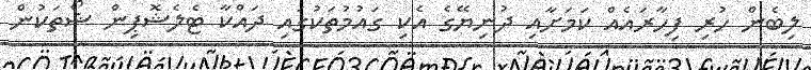
ލިބެން ހުރި ފިހާރައެއް ކަމަށާއި ދުނިޔޭގެ އެކި ގައުމުތަކުގައި ދައްކާ ޓެލެޝޮޕިން ޝޯތަކުން